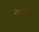
ઓકીફી